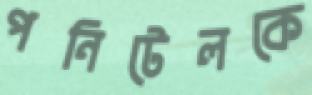
পনিটেলকে